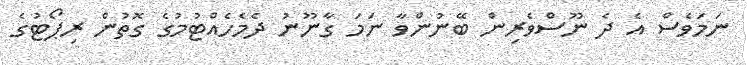
ނަމަވެސް އެ ދެ ނޫސްވެރިން ބޭނުންވާ ނަމަ ގާނޫނު ދެމެހެއްޓުމުގެ ގޮތުން ރިޕޯޓުގެ